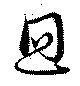
迴